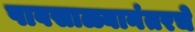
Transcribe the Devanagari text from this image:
पावसाळ्यानंतरचे